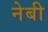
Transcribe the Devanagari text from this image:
नेबी